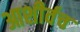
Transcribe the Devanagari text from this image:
आशीर्वच